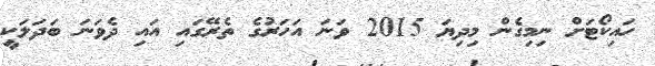
ހައިކޯޓަށް ނިމިގެން މިދިޔަ 2015 ވަަނަ އަހަރުގެ ތެރޭގައި އައި ދެވަނަ ބަދަލަކީ